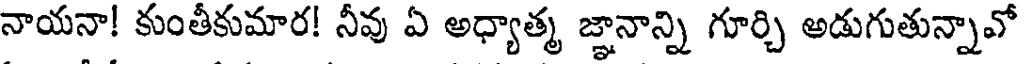
నాయనా! కుంతీకుమార! నీవు ఏ అధ్యాత్మ జ్ఞానాన్ని గూర్చి అడుగుతున్నావో